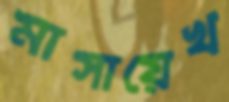
মাসায়েখ